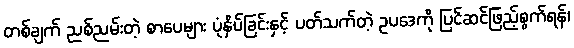
တစ်ချက် ညစ်ညမ်းတဲ့ စာပေများ ပုံနှိပ်ခြင်းနှင့် ပတ်သက်တဲ့ ဥပဒေကို ပြင်ဆင်ဖြည့်စွက်ရန်၊